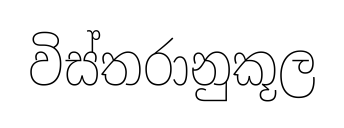
විස්තරානුකූල